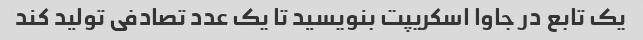
یک تابع در جاوا اسکریپت بنویسید تا یک عدد تصادفی تولید کند